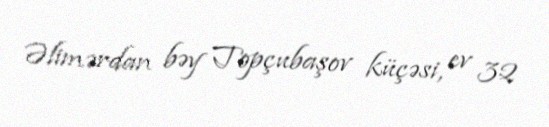
Əlimərdan bəy Topçubaşov küçəsi, ev 32